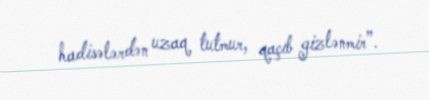
hadisələrdən uzaq tutmur, qaçıb gizlənmir”.